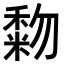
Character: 𥡓